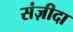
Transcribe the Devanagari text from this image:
संज़ीदा